Report on the working of the mental hospitals for Indians in Bihar and Orissa - 1925-1929
Year: 1925
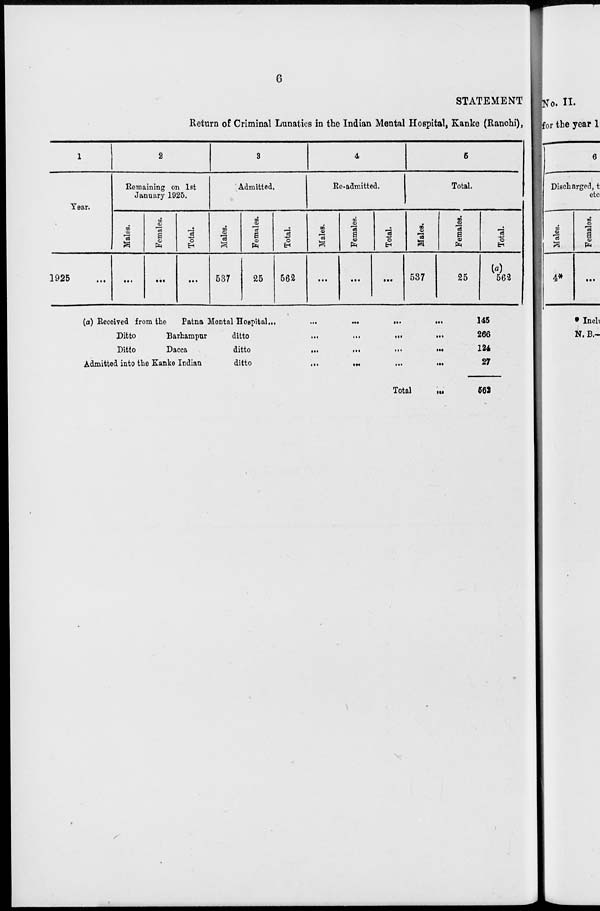
6
STATEMENT
Return of Criminal Lunatics in the Indian Mental Hospital, Kanke (Ranchi),
1
Year.
1925
2
Remaining on 1st
January 1925.
Males.
...
Females.
...
Total.
...
8
Admitted.
Males.
537
Females.
25
Total.
562
4
Re-admitted.
Males.
...
Females.
...
Total.
...
6
Total.
Males.
537
Females.
25
Total.
(a)
562
(a) Received from the Patna Mental Hospital
...
...
...
...
...
Ditto
Barhampur
ditto
...
...
...
...
Ditto
Dacca
ditto
...
...
...
...
...
Admitted into the Kanke Indian
ditto
...
...
...
...
...
Total
...
145
266
124
27
562